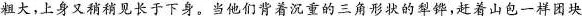
粗大,上身又稍稍见长于下身。当他们背着沉重的三角形状的犁绊,赶着山包一样团块